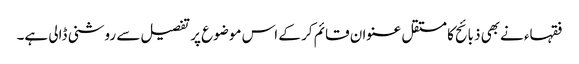
فقہاء نےبھی ذبائح کا مستقل عنوان قائم کر کے اس موضوع پر تفصیل سے روشنی ڈالی ہے۔